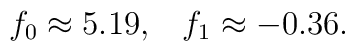
f_0 \approx 5.19, \;\;\;  f_1 \approx  - 0.36.